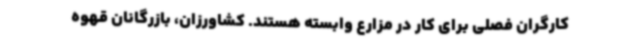
کارگران فصلی برای کار در مزارع وابسته هستند. کشاورزان، بازرگانان قهوه